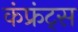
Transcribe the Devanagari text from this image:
कंफ्रंट्स